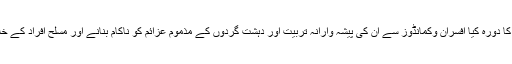
آئی جی پولیس سندھ نے ایس ایس یو ہیڈ کوارٹر کے مختلف شعبوں کا دورہ کیا افسران وکمانڈوز سے ان کی پیشہ وارانہ تربیت اور دہشت گردوں کے مذموم عزائم کو ناکام بنانے اور مسلح افراد کے خلاف مؤثر کاروائی کے لیے ان کی صلاحیت سے آگاہی حاصل کی۔